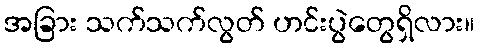
အခြား သက်သက်လွတ် ဟင်းပွဲတွေရှိလား။